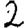
Digit: 2